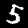
Label: 5